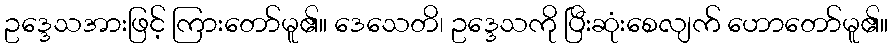
ဥဒ္ဒေသအားဖြင့် ကြားတော်မူ၏။ ဒေသေတိ၊ ဥဒ္ဒေသကို ပြီးဆုံးစေလျက် ဟောတော်မူ၏။